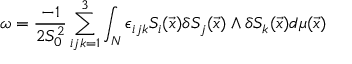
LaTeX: \omega = \frac { - 1 } { 2 S _ { 0 } ^ { 2 } } \sum _ { i j k = 1 } ^ { 3 } \int _ { N } \epsilon _ { i j k } S _ { i } ( \vec { x } ) \delta S _ { j } ( \vec { x } ) \wedge \delta S _ { k } ( \vec { x } ) d \mu ( \vec { x } )